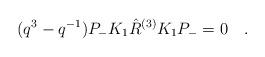
LaTeX: \begin{align*}(q^3-q^{-1})P_-K_1\hat{R}^{(3)}K_1P_-=0 \quad.\end{align*}